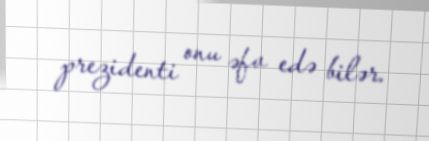
prezidenti onu əfv edə bilər.